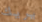
يريك